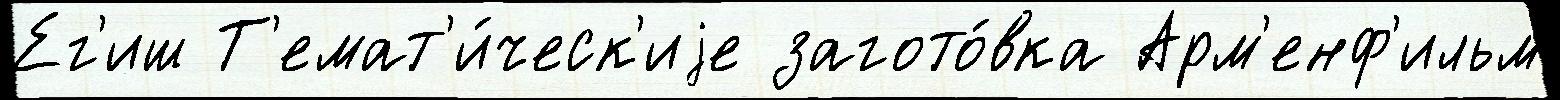
Ег'иш Т'емат'и́ческ'иjе загото́вка Арм'енф'ильм